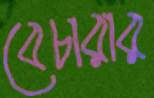
বেচারার